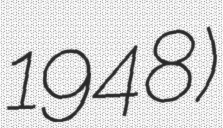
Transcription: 1948)